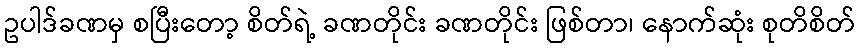
ဥပါဒ်ခဏမှ စပြီးတော့ စိတ်ရဲ့ ခဏတိုင်း ခဏတိုင်း ဖြစ်တာ၊ နောက်ဆုံး စုတိစိတ်